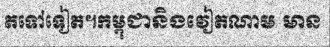
តទៅទៀត។កម្ពុជានិងវៀតណាម មាន